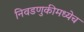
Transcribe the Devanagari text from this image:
निवडणुकीमध्येच